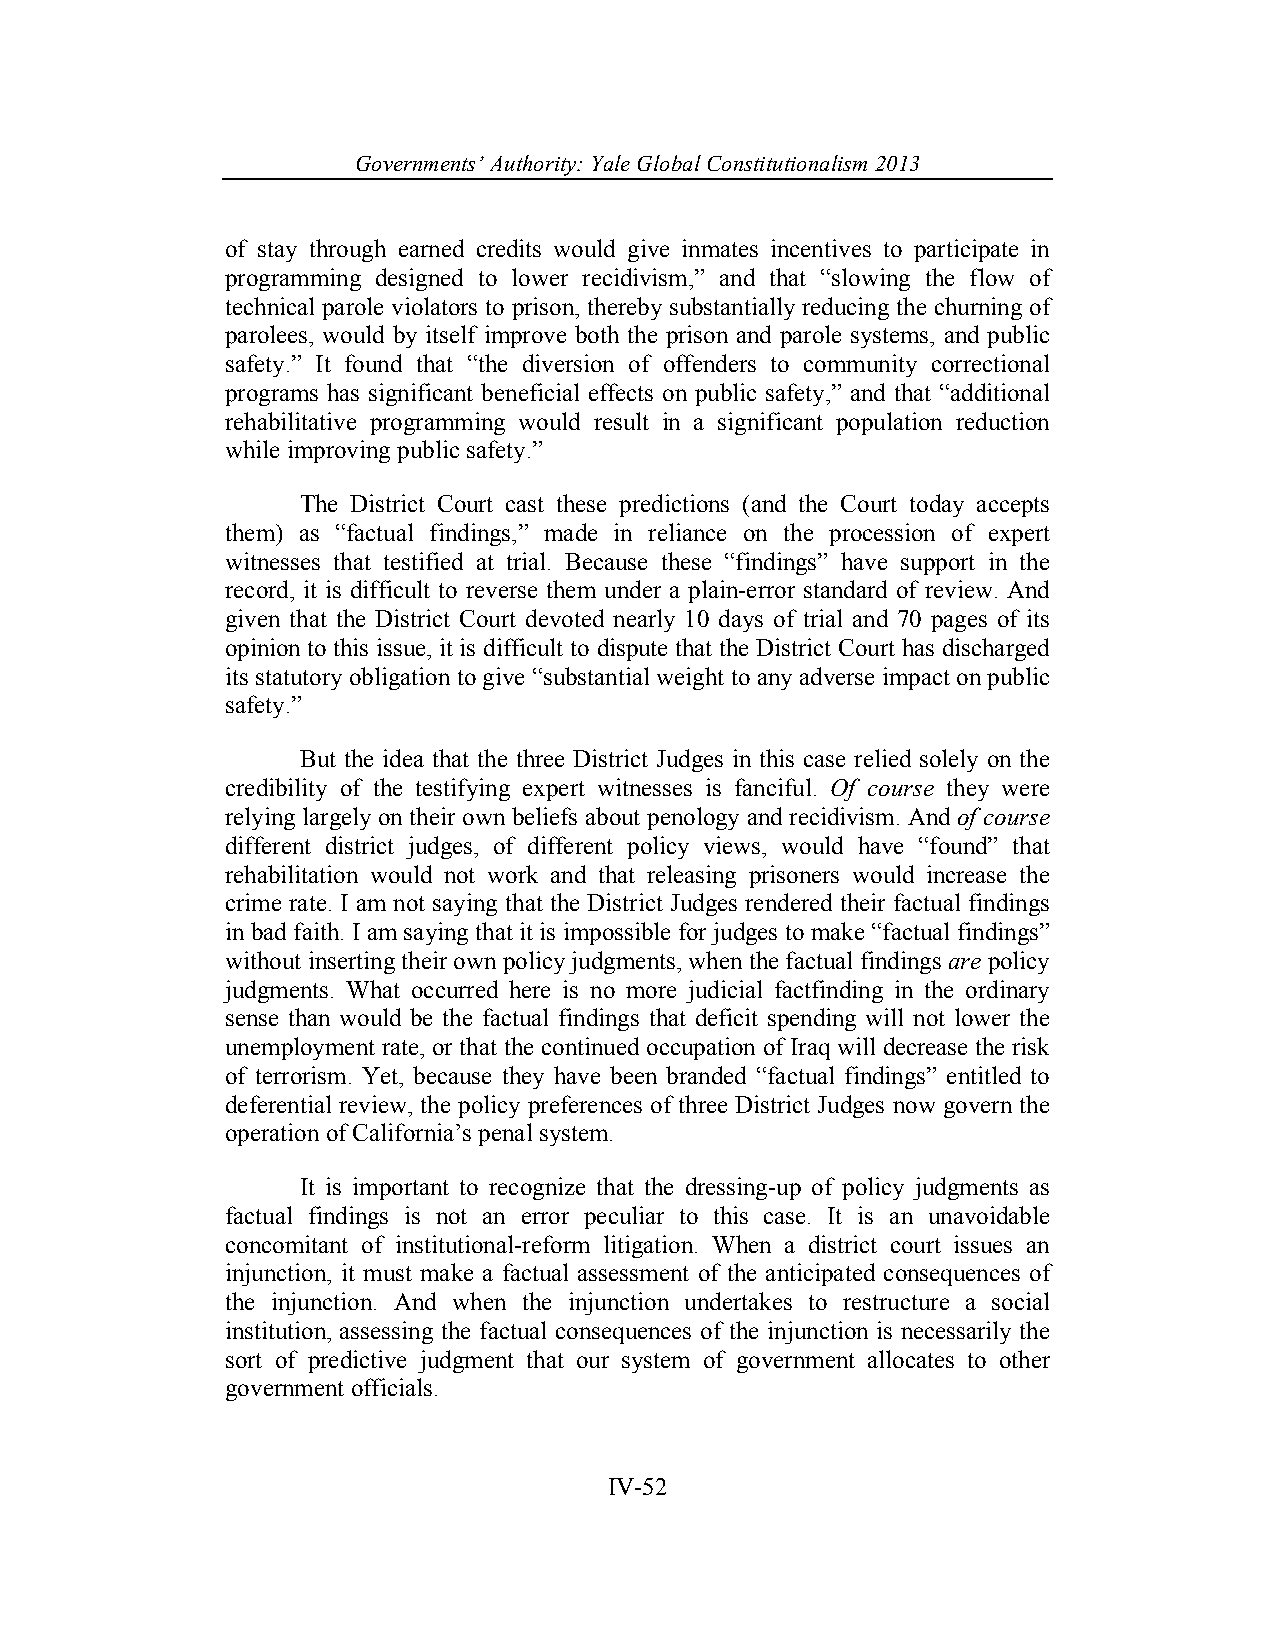
Governments’ Authority: Yale Global Constitutionalism 2013
 of stay through earned credits would give inmates incentives to participate in
 programming designed to lower recidivism,” and that “slowing the flow of
 technical parole violators to prison, thereby substantially reducing the churning of
 parolees, would by itself improve both the prison and parole systems, and public
 safety.” It found that “the diversion of offenders to community correctional
 programs has significant beneficial effects on public safety,” and that “additional
 rehabilitative programming would result in a significant population reduction
 while improving public safety.”
 The District Court cast these predictions (and the Court today accepts
 them) as “factual findings,” made in reliance on the procession of expert
 witnesses that testified at trial. Because these “findings” have support in the
 record, it is difficult to reverse them under a plain-error standard of review. And
 given that the District Court devoted nearly 10 days of trial and 70 pages of its
 opinion to this issue, it is difficult to dispute that the District Court has discharged
 its statutory obligation to give “substantial weight to any adverse impact on public
 safety.”
 But the idea that the three District Judges in this case relied solely on the
 credibility of the testifying expert witnesses is fanciful. Of course they were
 relying largely on their own beliefs about penology and recidivism. And of course
 different district judges, of different policy views, would have “found” that
 rehabilitation would not work and that releasing prisoners would increase the
 crime rate. I am not saying that the District Judges rendered their factual findings
 in bad faith. I am saying that it is impossible for judges to make “factual findings”
 without inserting their own policy judgments, when the factual findings are policy
 judgments. What occurred here is no more judicial factfinding in the ordinary
 sense than would be the factual findings that deficit spending will not lower the
 unemployment rate, or that the continued occupation of Iraq will decrease the risk
 of terrorism. Yet, because they have been branded “factual findings” entitled to
 deferential review, the policy preferences of three District Judges now govern the
 operation of California’s penal system.
 It is important to recognize that the dressing-up of policy judgments as
 factual findings is not an error peculiar to this case. It is an unavoidable
 concomitant of institutional-reform litigation. When a district court issues an
 injunction, it must make a factual assessment of the anticipated consequences of
 the injunction. And when the injunction undertakes to restructure a social
 institution, assessing the factual consequences of the injunction is necessarily the
 sort of predictive judgment that our system of government allocates to other
 government officials.
 IV-52